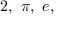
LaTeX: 2 , \ \pi , \ e ,